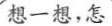
想一想，怎